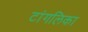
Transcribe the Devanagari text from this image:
टांगलिका